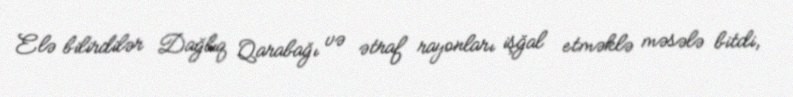
Elə bilirdilər Dağlıq Qarabağı və ətraf rayonları işğal etməklə məsələ bitdi,